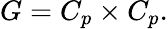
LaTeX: G=C_{p}\times C_{p}.